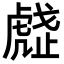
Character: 𧇒